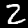
Digit: 2